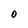
Character: O